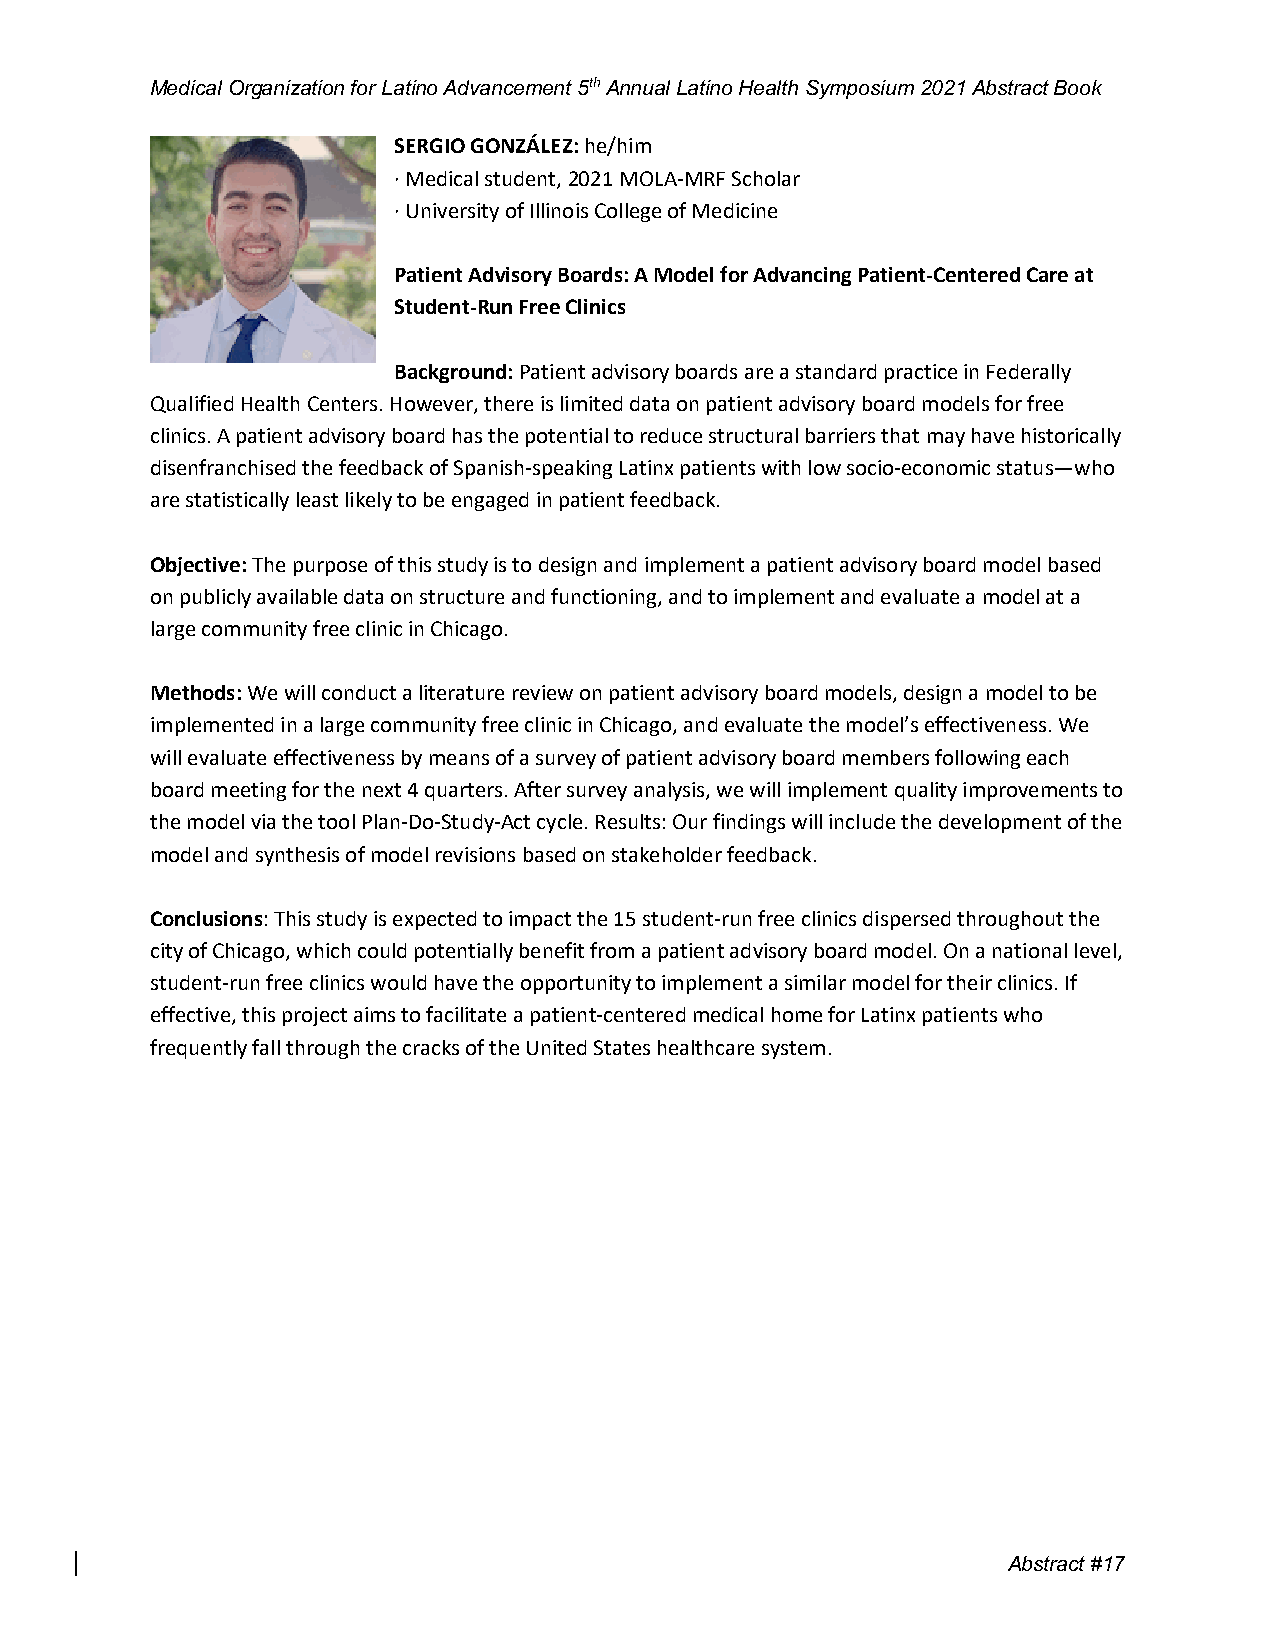
Medical Organization for Latino Advancement 5th Annual Latino Health Symposium 2021 Abstract Book
 SERGIO GONZÁLEZ: he/him
 · Medical student, 2021 MOLA-MRF Scholar
 · University of Illinois College of Medicine
 Patient Advisory Boards: A Model for Advancing Patient-Centered Care at
 Student-Run Free Clinics
 Background: Patient advisory boards are a standard practice in Federally
 Qualified Health Centers. However, there is limited data on patient advisory board models for free
 clinics. A patient advisory board has the potential to reduce structural barriers that may have historically
 disenfranchised the feedback of Spanish-speaking Latinx patients with low socio-economic status—who
 are statistically least likely to be engaged in patient feedback.
 Objective: The purpose of this study is to design and implement a patient advisory board model based
 on publicly available data on structure and functioning, and to implement and evaluate a model at a
 large community free clinic in Chicago.
 Methods: We will conduct a literature review on patient advisory board models, design a model to be
 implemented in a large community free clinic in Chicago, and evaluate the model’s effectiveness. We
 will evaluate effectiveness by means of a survey of patient advisory board members following each
 board meeting for the next 4 quarters. After survey analysis, we will implement quality improvements to
 the model via the tool Plan-Do-Study-Act cycle. Results: Our findings will include the development of the
 model and synthesis of model revisions based on stakeholder feedback.
 Conclusions: This study is expected to impact the 15 student-run free clinics dispersed throughout the
 city of Chicago, which could potentially benefit from a patient advisory board model. On a national level,
 student-run free clinics would have the opportunity to implement a similar model for their clinics. If
 effective, this project aims to facilitate a patient-centered medical home for Latinx patients who
 frequently fall through the cracks of the United States healthcare system.
 Abstract #17